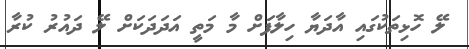
ލޭ ހޮޅިތަކުގައި އާދަޔާ ހިލާފަށް މާ މަތީ އަދަދަކަށް ލޭ ދައުރު ކުރާ